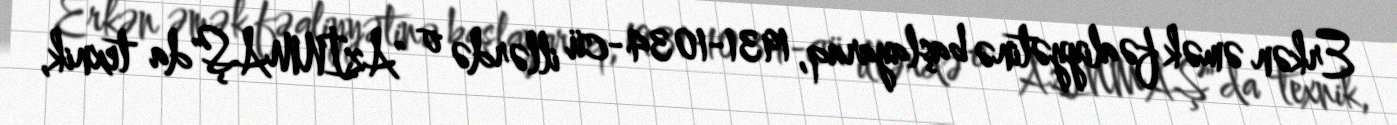
Erkən əmək fəaliyyətinə başlayaraq, 1931-1034-cü illərdə o "AzİNMAŞ"da texnik,